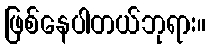
ဖြစ်နေပါတယ်ဘုရား။